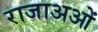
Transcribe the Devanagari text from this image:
राजाअओं